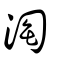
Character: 淘